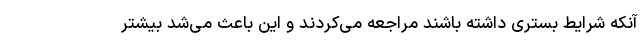
آنکه شرایط بستری داشته باشند مراجعه می‌کردند و این باعث می‌شد بیشتر